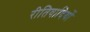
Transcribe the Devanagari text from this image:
रीतिवादियों